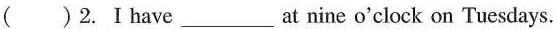
( )2.Ⅰhave_________ at nine o'clock on Tuesdays.